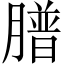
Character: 𦡮